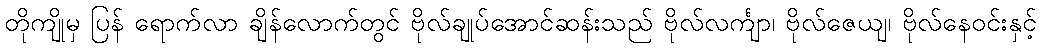
တိုကျိုမှ ပြန် ရောက်လာ ချိန်လောက်တွင် ဗိုလ်ချုပ်အောင်ဆန်းသည် ဗိုလ်လင်္ကျာ၊ ဗိုလ်ဇေယျ၊ ဗိုလ်နေဝင်းနှင့်